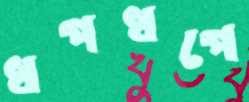
ধপধপে